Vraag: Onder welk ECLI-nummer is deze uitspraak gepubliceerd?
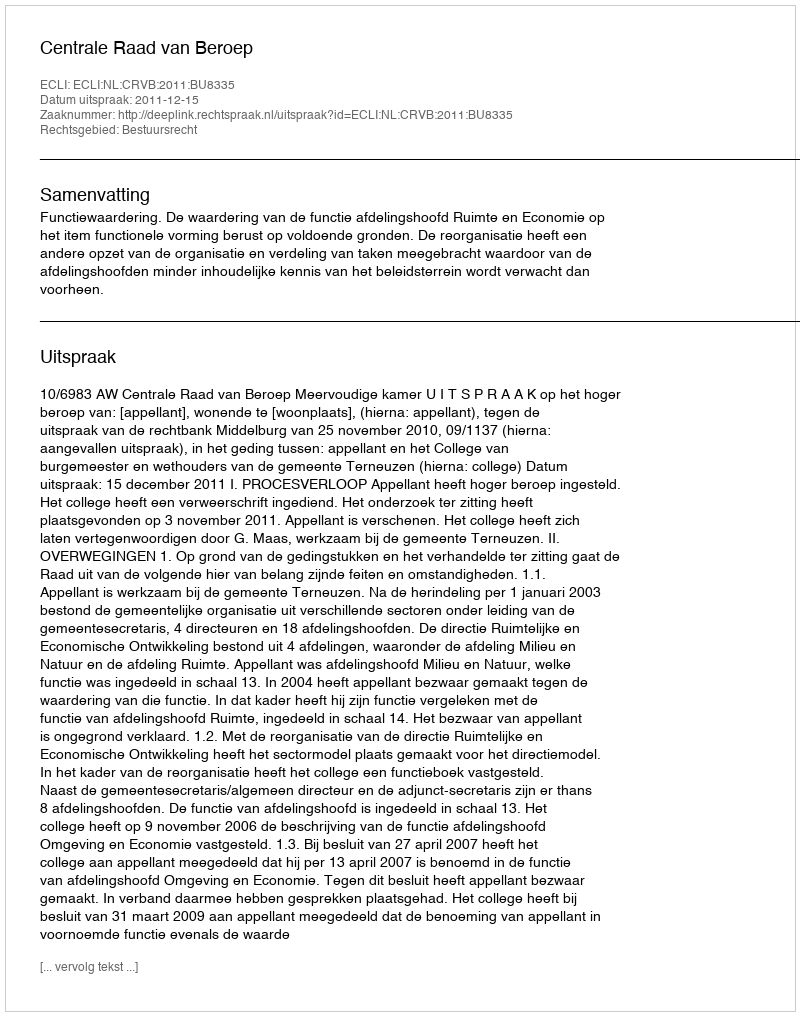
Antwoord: ECLI:NL:CRVB:2011:BU8335